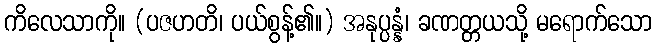
ကိလေသာကို။ (ပဇဟတိ၊ ပယ်စွန့်၏။) အနုပ္ပန္နံ၊ ခဏတ္တယသို့ မရောက်သော